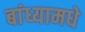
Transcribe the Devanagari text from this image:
बांध्यामधे